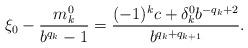
LaTeX: \begin{align*}\xi_{0} - {m^0_k \over b^{q_k} -1} = { (-1)^k c + \delta^0_k b^{-q_k+2} \over b^{q_k+ q_{k+1}}}. \end{align*}